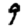
Digit: 9